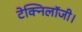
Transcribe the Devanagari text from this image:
टेक्निलॉजी।